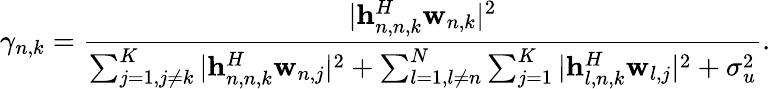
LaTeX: \gamma_{n,k}=\frac{|\mathbf{h}_{n,n,k}^{H}\mathbf{w}_{n,k}|^{2}}{\sum_{j=1,j\neq k}^{K}|\mathbf{h}_{n,n,k}^{H}\mathbf{w}_{n,j}|^{2}+\sum_{l=1,l\neq n}^{N}\sum_{j=1}^{K}|\mathbf{h}_{l,n,k}^{H}\mathbf{w}_{l,j}|^{2}+\sigma_{u}^{2}}.